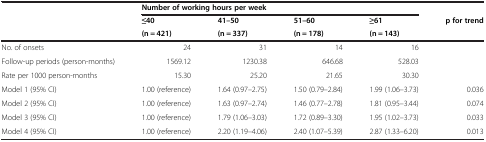
<table><thead><tr><td><b> </b></td><td colspan="4"><b>Number of working hours per week</b></td><td><b> </b></td></tr><tr><td><b> </b></td><td><b>≤40</b></td><td><b>41–50</b></td><td><b>51–60</b></td><td><b>≥61</b></td><td><b>p for trend</b></td></tr><tr><td><b> </b></td><td><b>(n = 421)</b></td><td><b>(n = 337)</b></td><td><b>(n = 178)</b></td><td><b>(n = 143)</b></td><td><b> </b></td></tr></thead><tbody><tr><td>No. of onsets</td><td>24</td><td>31</td><td>14</td><td>16</td><td> </td></tr><tr><td>Follow-up periods (person-months)</td><td>1569.12</td><td>1230.38</td><td>646.68</td><td>528.03</td><td> </td></tr><tr><td>Rate per 1000 person-months</td><td>15.30</td><td>25.20</td><td>21.65</td><td>30.30</td><td> </td></tr><tr><td>Model 1 (95% CI)</td><td>1.00 (reference)</td><td>1.64 (0.97–2.75)</td><td>1.50 (0.79–2.84)</td><td>1.99 (1.06–3.73)</td><td>0.036</td></tr><tr><td>Model 2 (95% CI)</td><td>1.00 (reference)</td><td>1.63 (0.97–2.74)</td><td>1.46 (0.77–2.78)</td><td>1.81 (0.95–3.44)</td><td>0.074</td></tr><tr><td>Model 3 (95% CI)</td><td>1.00 (reference)</td><td>1.79 (1.06–3.03)</td><td>1.72 (0.89–3.30)</td><td>1.95 (1.02–3.73)</td><td>0.033</td></tr><tr><td>Model 4 (95% CI)</td><td>1.00 (reference)</td><td>2.20 (1.19–4.06)</td><td>2.40 (1.07–5.39)</td><td>2.87 (1.33–6.20)</td><td>0.013</td></tr></tbody></table>